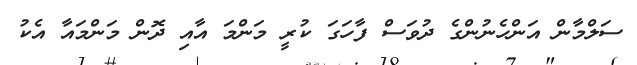
ސަލްމާން އަންހެނުންގެ ދުވަސް ފާހަގަ ކުރީ މަންމަ އާއި ދޮން މަންމައާ އެކު